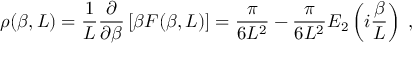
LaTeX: \rho ( \beta , L ) = \frac { 1 } { L } \frac { \partial } { \partial \beta } \left[ \beta F ( \beta , L ) \right] = \frac { \pi } { 6 L ^ { 2 } } - \frac { \pi } { 6 L ^ { 2 } } E _ { 2 } \left( i \frac { \beta } { L } \right) \; ,